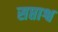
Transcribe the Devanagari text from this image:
सप्ताश्व